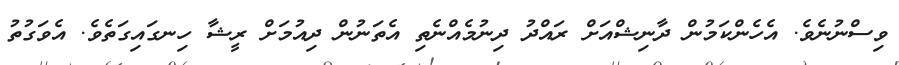
ވިސްނުނެވެ. އެހެންކަމުން ދާނިޝްއަށް ރައްދު ދިނުމެއްނެތި އެތަނުން ދިއުމަށް ރީޝާ ހިނގައިގަތެެވެ. އެވަގުތުު